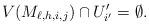
LaTeX: \begin{align*}V(M_{\ell,h,i,j})\cap U_{i'}'=\emptyset.\end{align*}